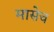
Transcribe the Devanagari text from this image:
मासेच